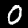
Digit: 0